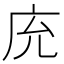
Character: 𢇰